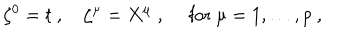
\zeta ^ { 0 } = t \ , \quad \zeta ^ { \mu } = X ^ { \mu } \ , \quad \mathrm { ~ f o r ~ } \mu = 1 , \ldots , p \ ,